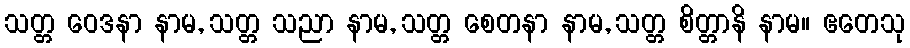
သတ္တ ဝေဒနာ နာမ, သတ္တ သညာ နာမ, သတ္တ စေတနာ နာမ, သတ္တ စိတ္တာနိ နာမ။ ဧတေသု